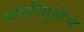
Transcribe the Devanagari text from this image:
सवयीमुळेच